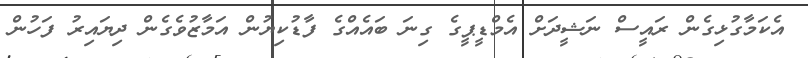
އެކަމާގުޅިގެން ރައީސް ނަޝީދަށް އެމްޑީޕީގެ ގިނަ ބައެއްގެ ފާޑުކިޔުން އަމާޒުވެގެން ދިޔައިރު ފަހުން